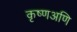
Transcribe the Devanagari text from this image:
कृष्णअणि